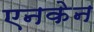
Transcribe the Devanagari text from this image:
एनकेन